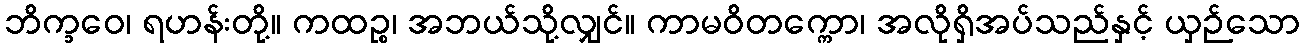
ဘိက္ခဝေ၊ ရဟန်းတို့။ ကထဉ္စ၊ အဘယ်သို့လျှင်။ ကာမဝိတက္ကော၊ အလိုရှိအပ်သည်နှင့် ယှဉ်သော